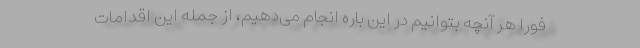
فورا هر آنچه بتوانیم در این باره انجام می‌دهیم، از جمله این اقدامات